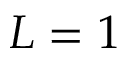
L = 1